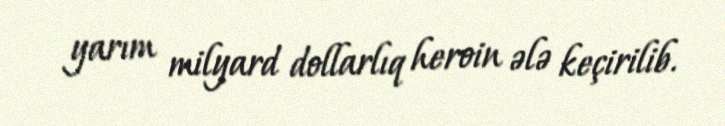
yarım milyard dollarlıq heroin ələ keçirilib.